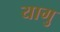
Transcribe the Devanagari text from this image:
यागु